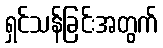
ရှင်သန်ခြင်းအတွက်